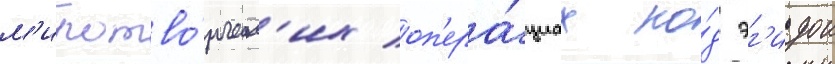
м'иротво́рческ'их оп'ера́циах по́д эг'идои